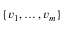
\{ v _ { 1 } , \dotsc , v _ { m } \}